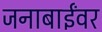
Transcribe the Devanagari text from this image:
जनाबाईंवर